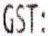
GST: